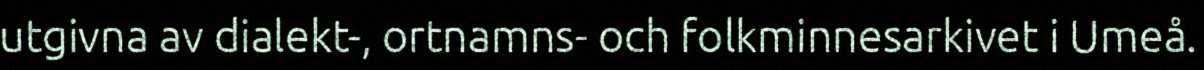
utgivna av dialekt-, ortnamns- och folkminnesarkivet i Umeå.